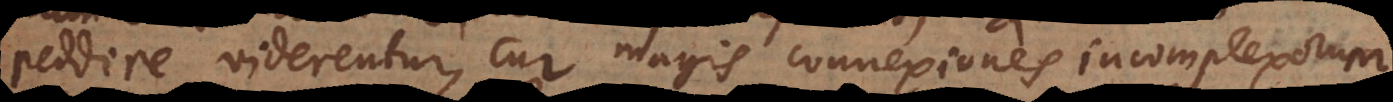
reddere viderentur, cur magis connexiones incomplexorum